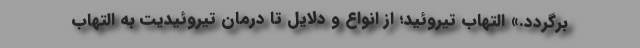
برگردد.» التهاب تیروئید؛ از انواع و دلایل تا درمان تیروئیدیت به التهاب